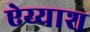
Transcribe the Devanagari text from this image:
ऐय्याश